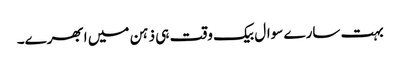
بہت سارے سوال بیک وقت ہی ذہن میں ابھرے۔